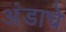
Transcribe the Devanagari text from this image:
अंडाचे